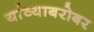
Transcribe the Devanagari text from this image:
यांव्याबरोबर